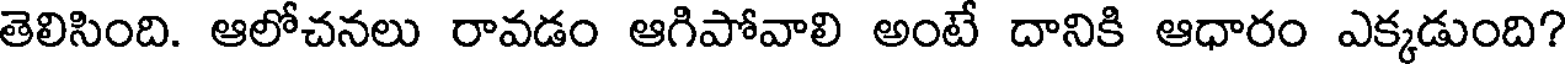
తెలిసింది. ఆలోచనలు రావడం ఆగిపోవాలి అంటే దానికి ఆధారం ఎక్కడుంది?